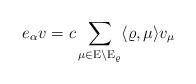
LaTeX: \begin{align*} e_\alpha v = c\sum \limits_{\mu \in \mathrm E \setminus \mathrm E_\varrho} \langle \varrho, \mu \rangle v_\mu\end{align*}